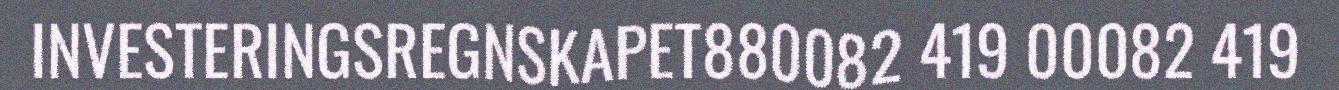
INVESTERINGSREGNSKAPET880082 419 00082 419